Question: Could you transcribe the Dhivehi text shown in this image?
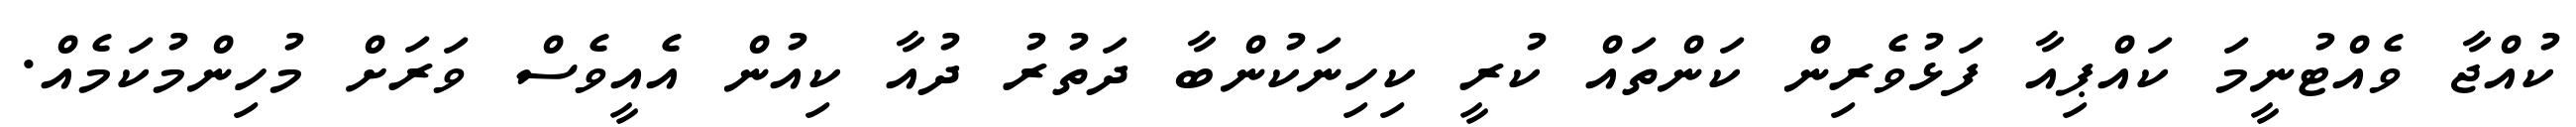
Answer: ކުއްޖާ ވެއްޓުނީމަ ކައްޕިއާ ފަޅުވެރިން ކަންތައް ކުރީ ކިހިނަކުންބާ ދަތުރު ދުއާ ކިއުން އެއީވެސް ވަރަށް މުހިންމުކަމެއް.